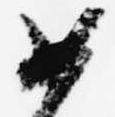
如